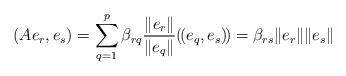
LaTeX: \begin{align*} (A e_r, e_s) = \sum_{q=1}^p\beta_{rq} {\|e_r\|\over \|e_q\|}(\!(e_q, e_s)\!)= \beta_{rs} \|e_r\|\|e_s\|\end{align*}